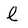
Character: l